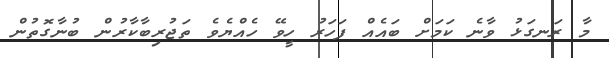
މާ ރަނގަޅު ވާނެ ކަމަށް ބައެއް ފަހަރު ހީވޭ ހެއްޔެވެ ތަޖުރިބާކާރުން ބުނާގޮތުން